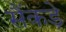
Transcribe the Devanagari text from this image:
सैंकड़े